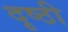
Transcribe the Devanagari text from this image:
दृष्ठी